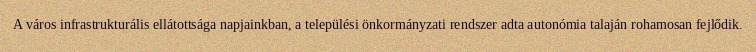
A város infrastrukturális ellátottsága napjainkban, a települési önkormányzati rendszer adta autonómia talaján rohamosan fejlődik.